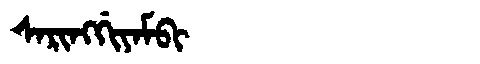
Manchu: ᠰᠠᡵᡳᠩᡤᡳᠶᠠᠮᠪᡳ
Romanization: SARINGGIYAMBI